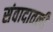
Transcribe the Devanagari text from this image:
संवादातली